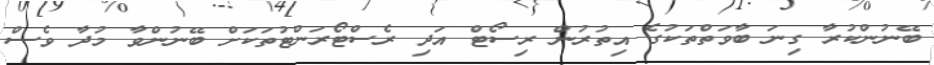
ބޭނުންކުރާ ގިނަ ބާވަތްތަކުގެ އިތުރުން ރިސޯޓް އަދި ރެސްޓޯރަންޓުތަކަށް ބޭނުންވާ މުދާ ވެސް